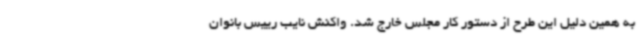
به همین دلیل این طرح از دستور کار مجلس خارج شد. واکنش نایب رییس بانوان